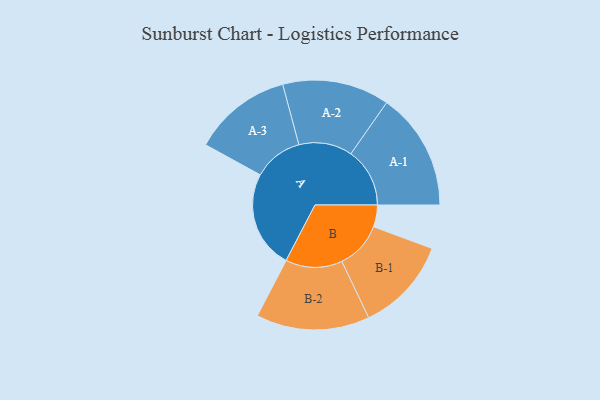
{"axis": {"x": "Segment", "y": "Value"}, "legend": ["", "A", "B"], "data": [{"x": "A", "y": 453, "type": ""}, {"x": "B", "y": 101, "type": ""}, {"x": "A-1", "y": 273, "type": "A"}, {"x": "A-2", "y": 248, "type": "A"}, {"x": "A-3", "y": 229, "type": "A"}, {"x": "B-1", "y": 219, "type": "B"}, {"x": "B-2", "y": 263, "type": "B"}]}